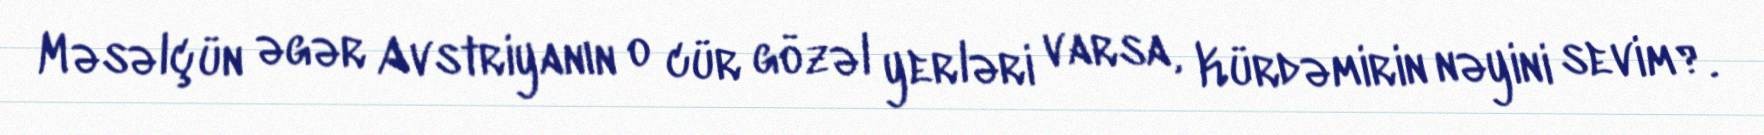
Məsəlçün əgər Avstriyanın o cür gözəl yerləri varsa, Kürdəmirin nəyini sevim?.